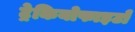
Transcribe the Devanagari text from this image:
ट्रेकियोफाइटों